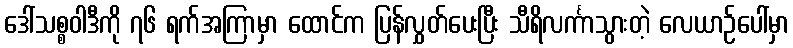
ဒေါ်သစ္စဝါဒီကို ၇၆ ရက်အကြာမှာ ထောင်က ပြန်လွှတ်ပေးပြီး သီရိလင်္ကာသွားတဲ့ လေယာဉ်ပေါ်မှာ